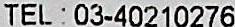
TEL: 03-40210276